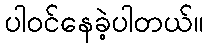
ပါဝင်နေခဲ့ပါတယ်။